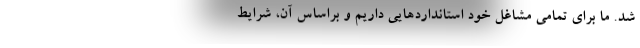
شد. ما برای تمامی مشاغل خود استانداردهایی داریم و براساس آن، شرایط